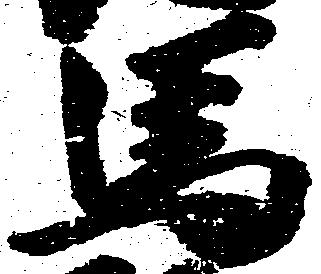
馬